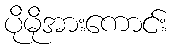
ပိုမိုအားကောင်း